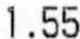
1.55